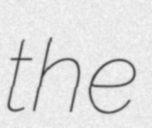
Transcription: the